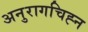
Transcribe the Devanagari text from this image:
अनुरागचिह्न